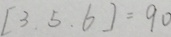
[ 3 . 5 . 6 ] = 9 0